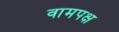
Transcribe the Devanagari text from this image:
वामपक्ष